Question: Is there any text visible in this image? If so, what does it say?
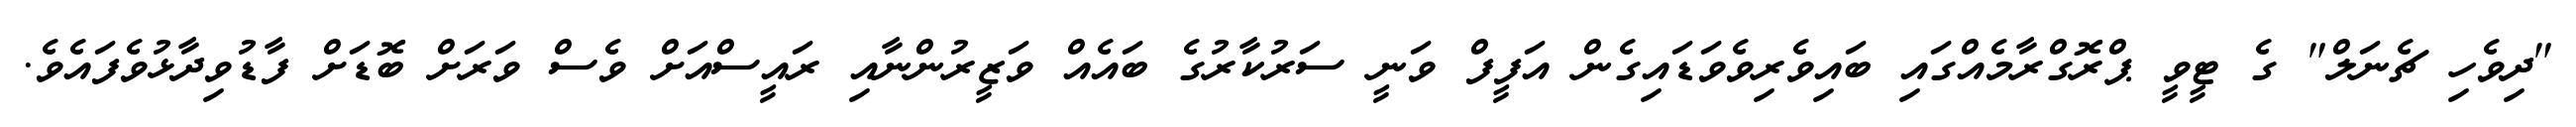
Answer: "ދިވެހި ޗެނަލް" ގެ ޓީވީ ޕްރޮގްރާމެއްގައި ބައިވެރިވެވަޑައިގެން އަފީފް ވަނީ ސަރުކާރުގެ ބައެއް ވަޒީރުންނާއި ރައީސްއަށް ވެސް ވަރަށް ބޮޑަށް ފާޑުވިދާޅުވެފައެވެ.